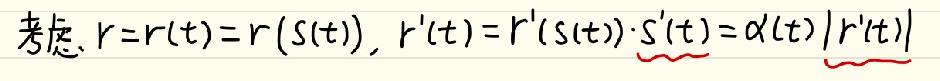
考虑 $r = r(t)=r(s(t)), r'(t)=r'(s(t))\cdot s'(t)=\alpha(t)|r'(t)|$